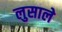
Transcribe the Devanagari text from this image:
लुसाले